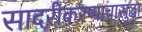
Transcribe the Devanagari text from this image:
सादरीकरणाचासुद्धा